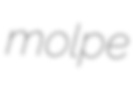
molpe